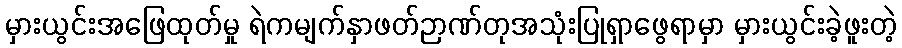
မှားယွင်းအဖြေထုတ်မှု ရဲကမျက်နှာဖတ်ဉာဏ်တုအသုံးပြုရှာဖွေရာမှာ မှားယွင်းခဲ့ဖူးတဲ့